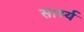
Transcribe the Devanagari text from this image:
सार्थ्य